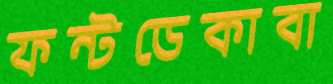
ফন্টডেকাবা